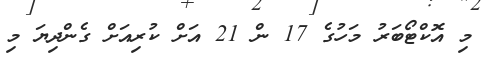
މި އޮކްޓޯބަރު މަހުގެ 17 ން 21 އަށް ކުރިއަށް ގެންދިޔަ މި